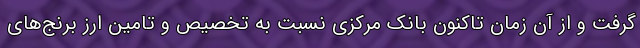
گرفت و از آن زمان تاکنون بانک مرکزی نسبت به تخصیص و تامین ارز برنج‌های